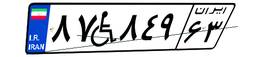
۸۷W۸۴۹۶۳